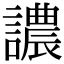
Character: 譨